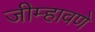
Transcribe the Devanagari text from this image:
जीम्हावणे